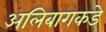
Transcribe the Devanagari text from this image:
अलिबागकडे